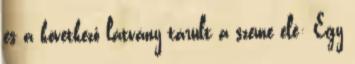
és a következő látvány tárult a szeme elé: Egy